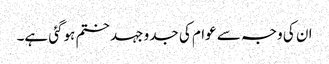
ان کی وجہ سے عوام کی جدو جہد ختم ہوگئی ہے۔